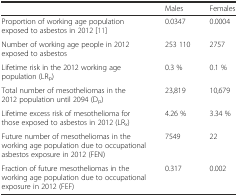
<table><thead><tr><td></td><td><b>Males</b></td><td><b>Females</b></td></tr></thead><tbody><tr><td>Proportion of working age population exposed to asbestos in 2012 [11]</td><td>0.0347</td><td>0.0004</td></tr><tr><td>Number of working age people in 2012 exposed to asbestos</td><td>253 110</td><td>2757</td></tr><tr><td>Lifetime risk in the 2012 working age population (LR<sub>p</sub>)</td><td>0.3 %</td><td>0.1 %</td></tr><tr><td>Total number of mesotheliomas in the 2012 population until 2094 (D<sub>p</sub>)</td><td>23,819</td><td>10,679</td></tr><tr><td>Lifetime excess risk of mesothelioma for those exposed to asbestos in 2012 (LR<sub>x</sub>)</td><td>4.26 %</td><td>3.34 %</td></tr><tr><td>Future number of mesotheliomas in the working age population due to occupational asbestos exposure in 2012 (FEN)</td><td>7549</td><td>22</td></tr><tr><td>Fraction of future mesotheliomas in the working age population due to occupational exposure in 2012 (FEF)</td><td>0.317</td><td>0.002</td></tr></tbody></table>